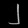
Digit: ၂